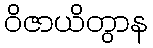
ဝိဇာယိတွာန